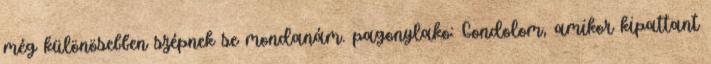
még különösebben szépnek se mondanám. pagonylako: Gondolom, amikor kipattant